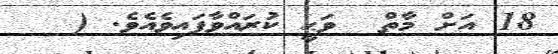
18 އަށް މާތް  ވަޙީ ކުރައްވާފައިވެއެވެ. (